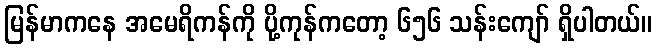
မြန်မာကနေ အမေရိကန်ကို ပို့ကုန်ကတော့ ၆၅၆ သန်းကျော် ရှိပါတယ်။